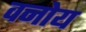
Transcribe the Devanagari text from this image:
वनोय